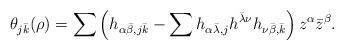
LaTeX: \begin{align*} \theta_{j\bar k}(\rho)= \sum \left(h_{\alpha\bar\beta,j\bar k}-\sum h_{\alpha\bar\lambda,j}h^{\bar\lambda\nu}h_{\nu\bar\beta,\bar k} \right) z^{\alpha}\bar z^{\beta}.\end{align*}